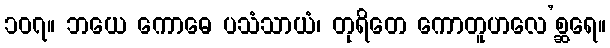
၁၀၇။ ဘယေ ကောဓေ ပသံသာယံ၊ တုရိတေ ကောတူဟလေ’စ္ဆရေ။